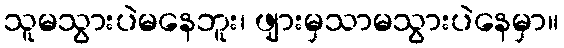
သူမသွားပဲမနေဘူး၊ ဖျားမှသာမသွားပဲနေမှာ။